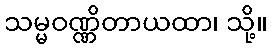
သမ္မဝဏ္ဏိတာယထာ၊ သို့။